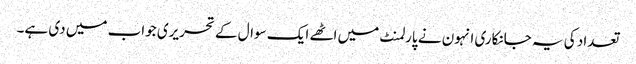
تعداد کی یہ جانکاری انہون نے پارلمنٹ میں اٹھے ایک سوال کے تحریری جواب میں دی ہے۔